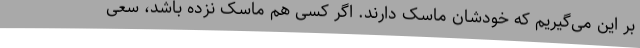
بر این می‌گیریم که خودشان ماسک دارند. اگر کسی هم ماسک نزده باشد، سعی